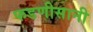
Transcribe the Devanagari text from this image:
फडणीसानी